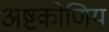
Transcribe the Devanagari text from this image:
अष्टकोणिय